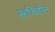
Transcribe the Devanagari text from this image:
रूचिहीन